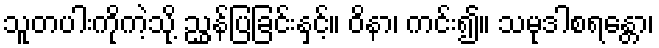
သူတပါးကိုကဲ့သို့ ညွှန်ပြခြင်းနှင့်။ ဝိနာ၊ ကင်း၍။ သမုဒါစရန္တော၊